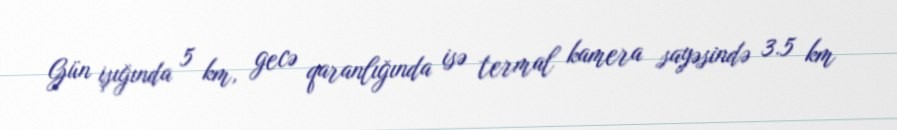
Gün işığında 5 km, gecə qaranlığında isə termal kamera sayəsində 3.5 km